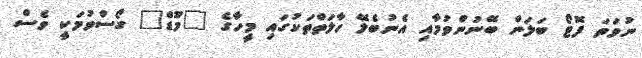
ނުވަތަ ފޮޓޯ ބަލަން ބޭނުންވުމާއި އެނުބެލޭ ހާލަތްތަކުގައި މީހާގެ "މޫޑް" ގޯސްވުމަކީ ވެސް